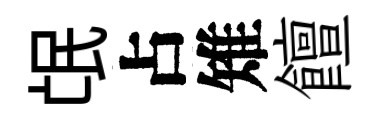
氓占雉饘